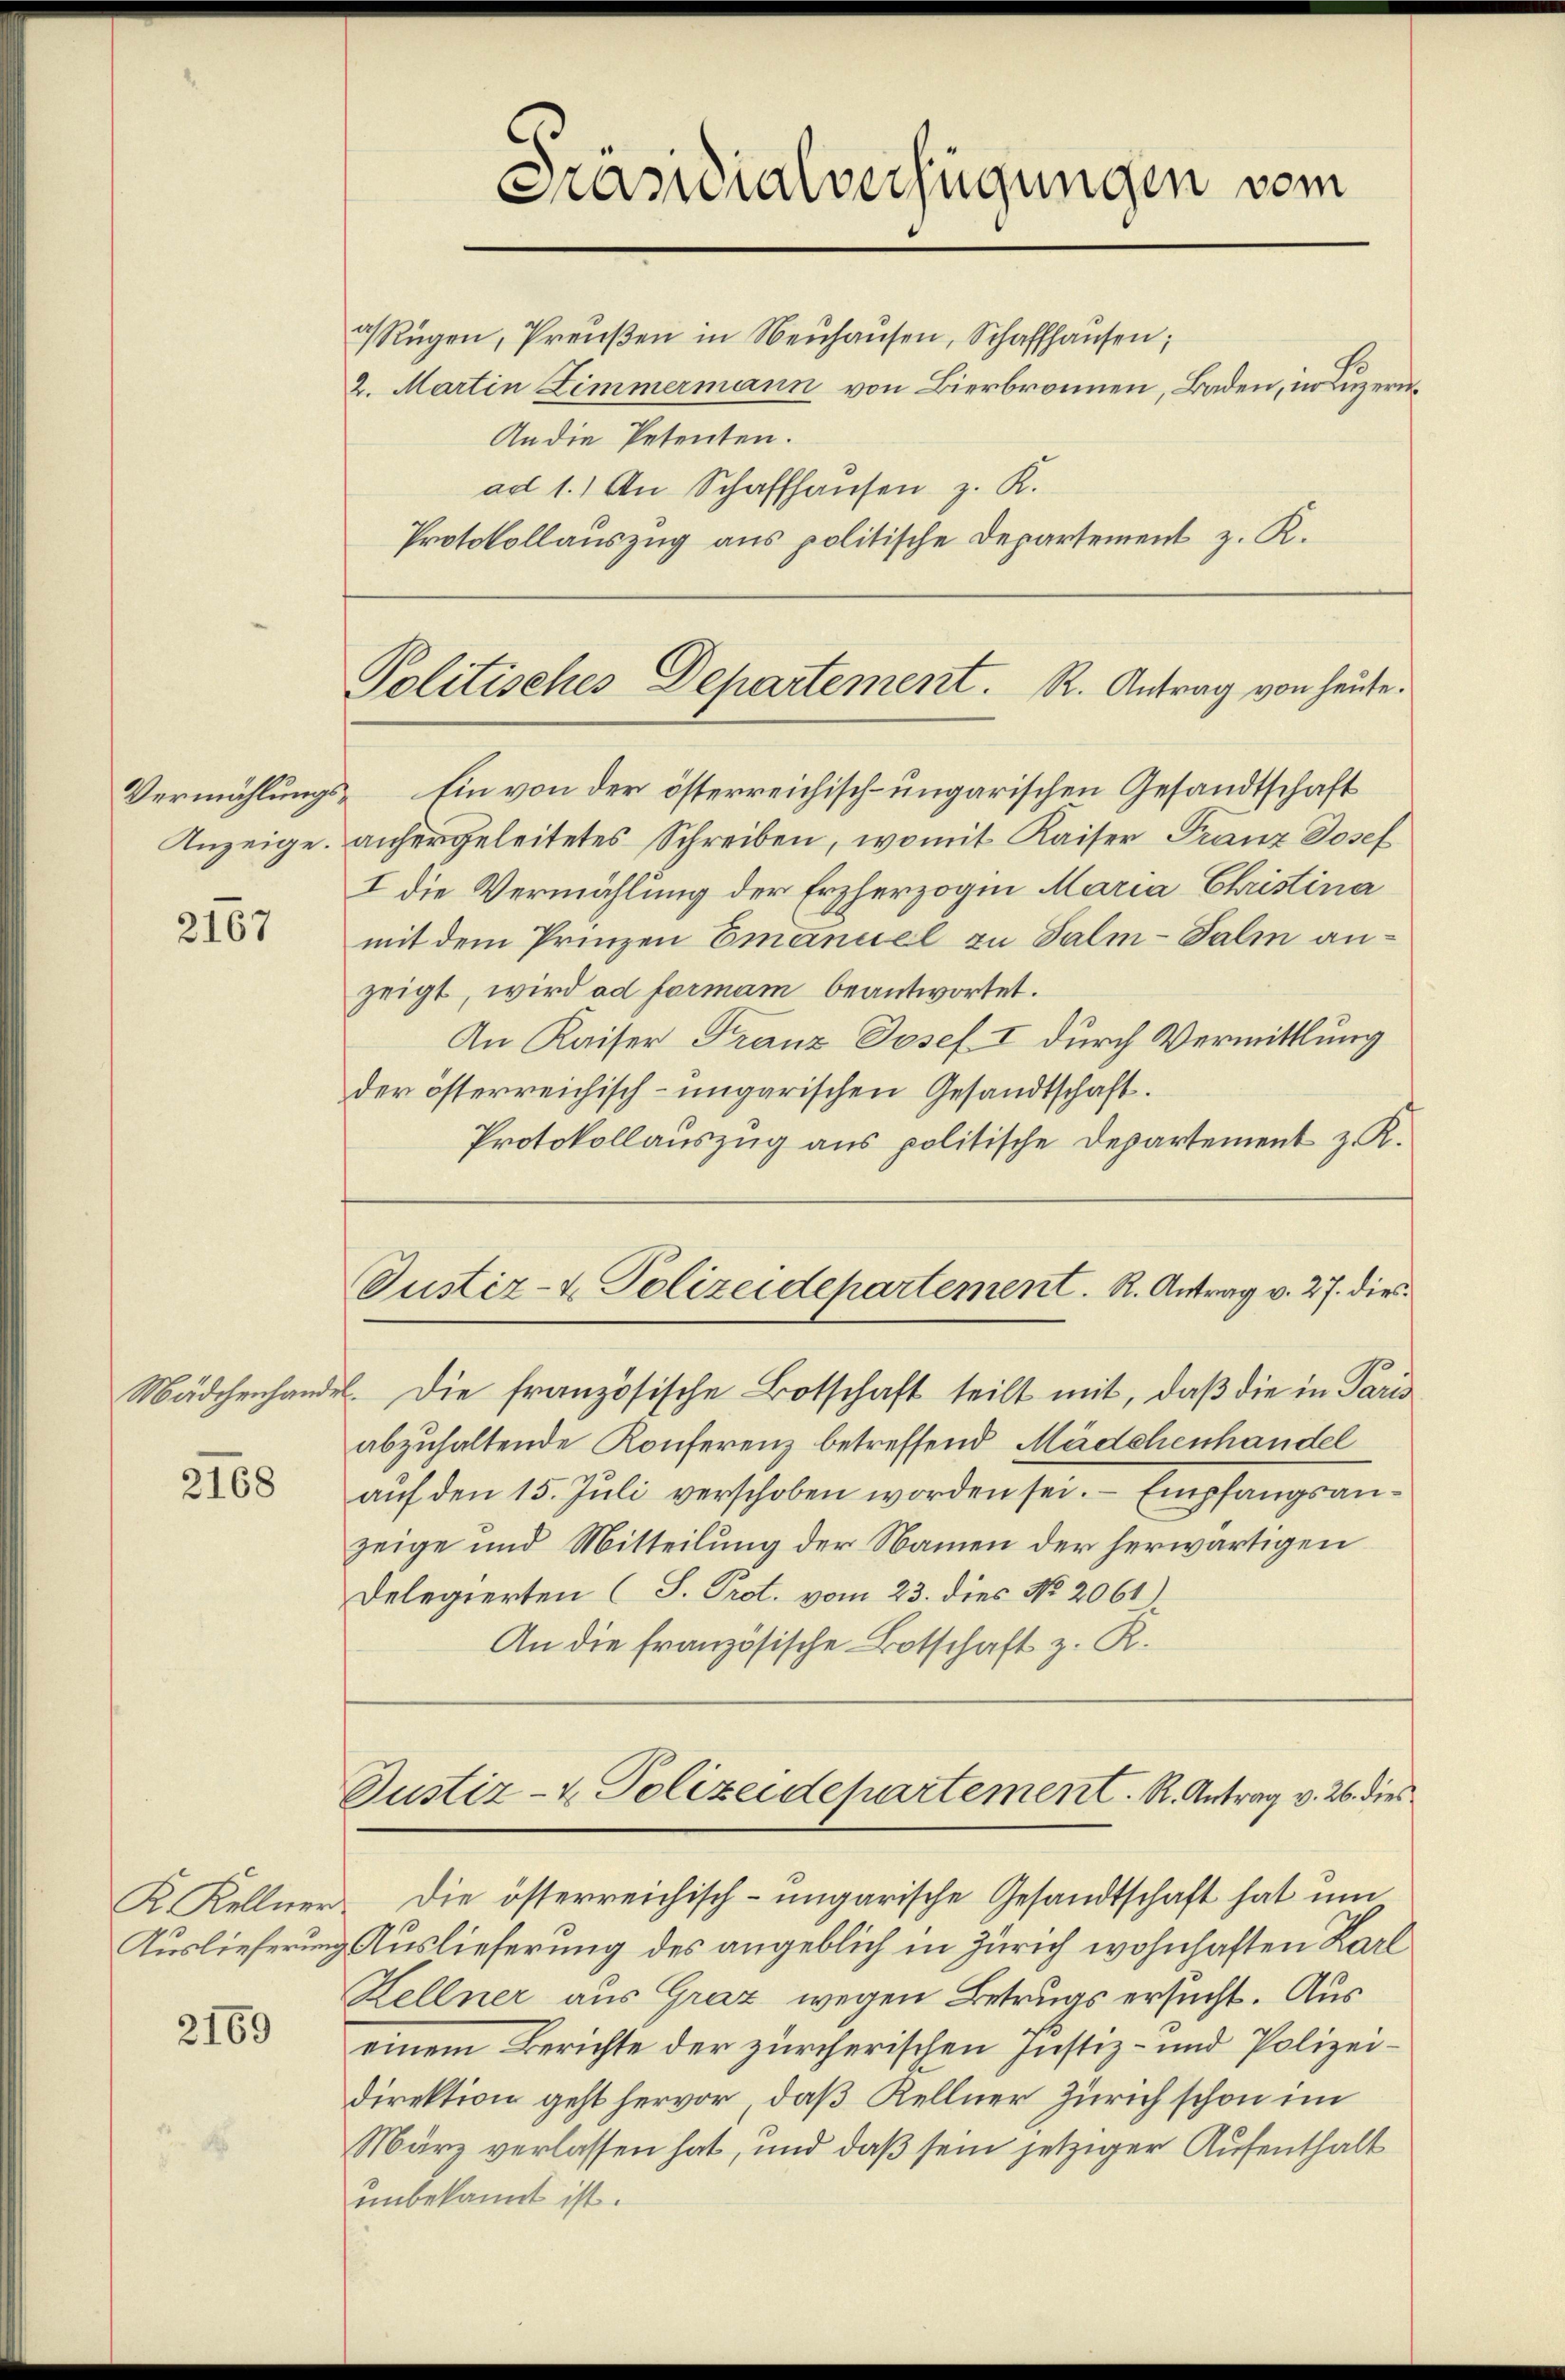
Vermählungs¬
Anzeige.

2167

Mädchenhander

2168

2169

Rügen, Preŭβen in Neuhausen, Schaffhausen;
2. Martin Zimmermann von Bierbronnen, Baden, in Luzern¬

Präsidialverfügungen vom

An die Petenten.
ad 1.) An Schaffhausen z. K.
Protokollauszug aus politische Departement z. R.

Ein von der österreichisch-ungarischen Gesandtschaft
anhergeleitetes Schreiben, womit Kaiser Franz Josef
I die Vermählung der Erzherzogin Maria Christina
mit dem Prinzen Emanuel zu Salm-Fali anzeigt, wird ad formam beantwortet.
An Kaiser Franz Josef I durch Vermittlung
der österreichisch-ungarischen Gesandtschaft.
Protokollauszug aus politische Departement z. R.

Politisches Departement. R. Antrag von heute.

Justiz- & Polizeidepartement. R. Antrag v. 27. dies

Justiz- & Polizeidepartement. R. Antrag v. 26. dies

. Die französische Botschaft teilt mit, daβ die in Paris
abzuhaltende Konferenz betreffend Mädchenhandel
auf den 15. Juli verschoben worden sei. Empfangsanzeige und Mitteilung der Namen der herwärtigen
Delegierten (S. Prot. vom 23. dies No. 2061).
An die französische Botschaft z. R.

K. Kellner. Die österreichisch-ungarische Gesandtschaft hat um
Auslieferung Auslieferung des angeblich in Zürich wohnhaften Karl
Kellner aus Graz wegen Betrugs ersucht. Aus
einem Berichte der zürcherischen Justiz- und Polizeidirektion geht hervor, daß Kellner Zürich schon im
März verlassen hat, und daß sein jetziger Aufenthalt
unbekannt ist.